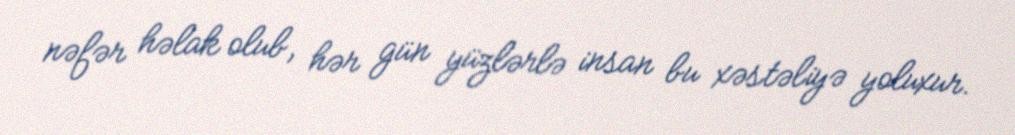
nəfər həlak olub, hər gün yüzlərlə insan bu xəstəliyə yoluxur.